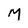
Character: M